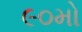
૯૦મો